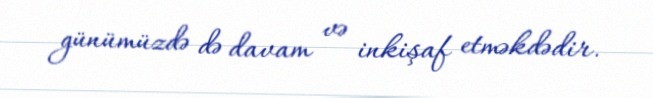
günümüzdə də davam və inkişaf etməkdədir.